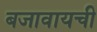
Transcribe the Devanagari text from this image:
बजावायची